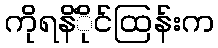
ကိုရနိံိုင်ထြန်းက